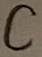
Text: C